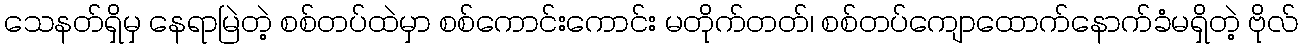
သေနတ်ရှိမှ နေရာမြဲတဲ့ စစ်တပ်ထဲမှာ စစ်ကောင်းကောင်း မတိုက်တတ်၊ စစ်တပ်ကျောထောက်နောက်ခံမရှိတဲ့ ဗိုလ်